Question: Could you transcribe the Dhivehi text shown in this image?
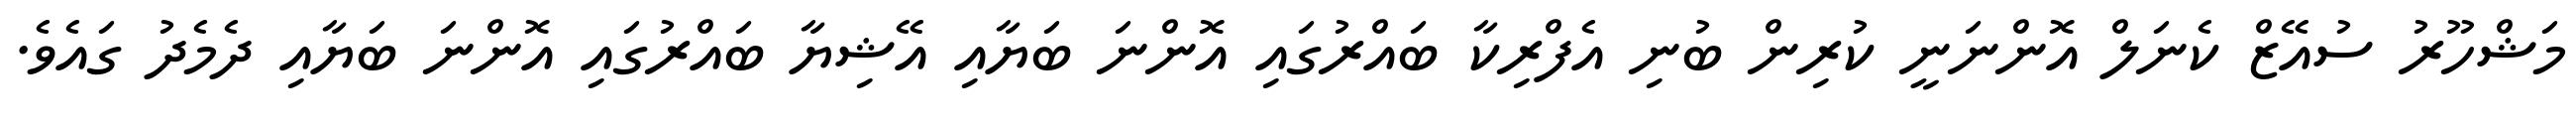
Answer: މަޝްހޫރު ސުއޭޒް ކެނަލް އޮންނަނީ ކުރިން ބުނި އެފްރިކާ ބައްރުގައި އޮންނަ ބަޔާއި އޭޝިޔާ ބައްރުގައި އޮންނަ ބަޔާއި ދެމެދު ގައެވެ.